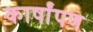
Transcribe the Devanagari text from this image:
कार्षांपण